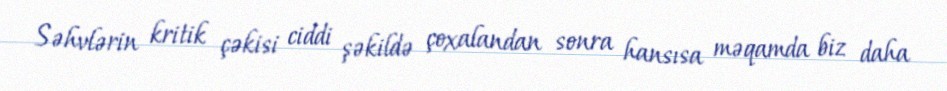
Səhvlərin kritik çəkisi ciddi şəkildə çoxalandan sonra hansısa məqamda biz daha